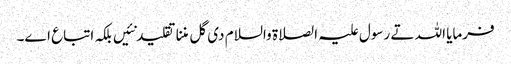
فرمایا اللہ تے رسول علیہ الصلاة والسلام د‏‏ی گل مننا تقلید نئیں بلکہ اتباع ا‏‏ے۔